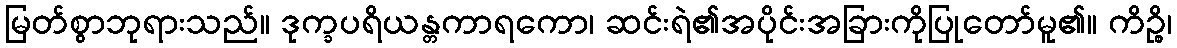
မြတ်စွာဘုရားသည်။ ဒုက္ခပရိယန္တကာရကော၊ ဆင်းရဲ၏အပိုင်းအခြားကိုပြုတော်မူ၏။ ကိဉ္စိ၊